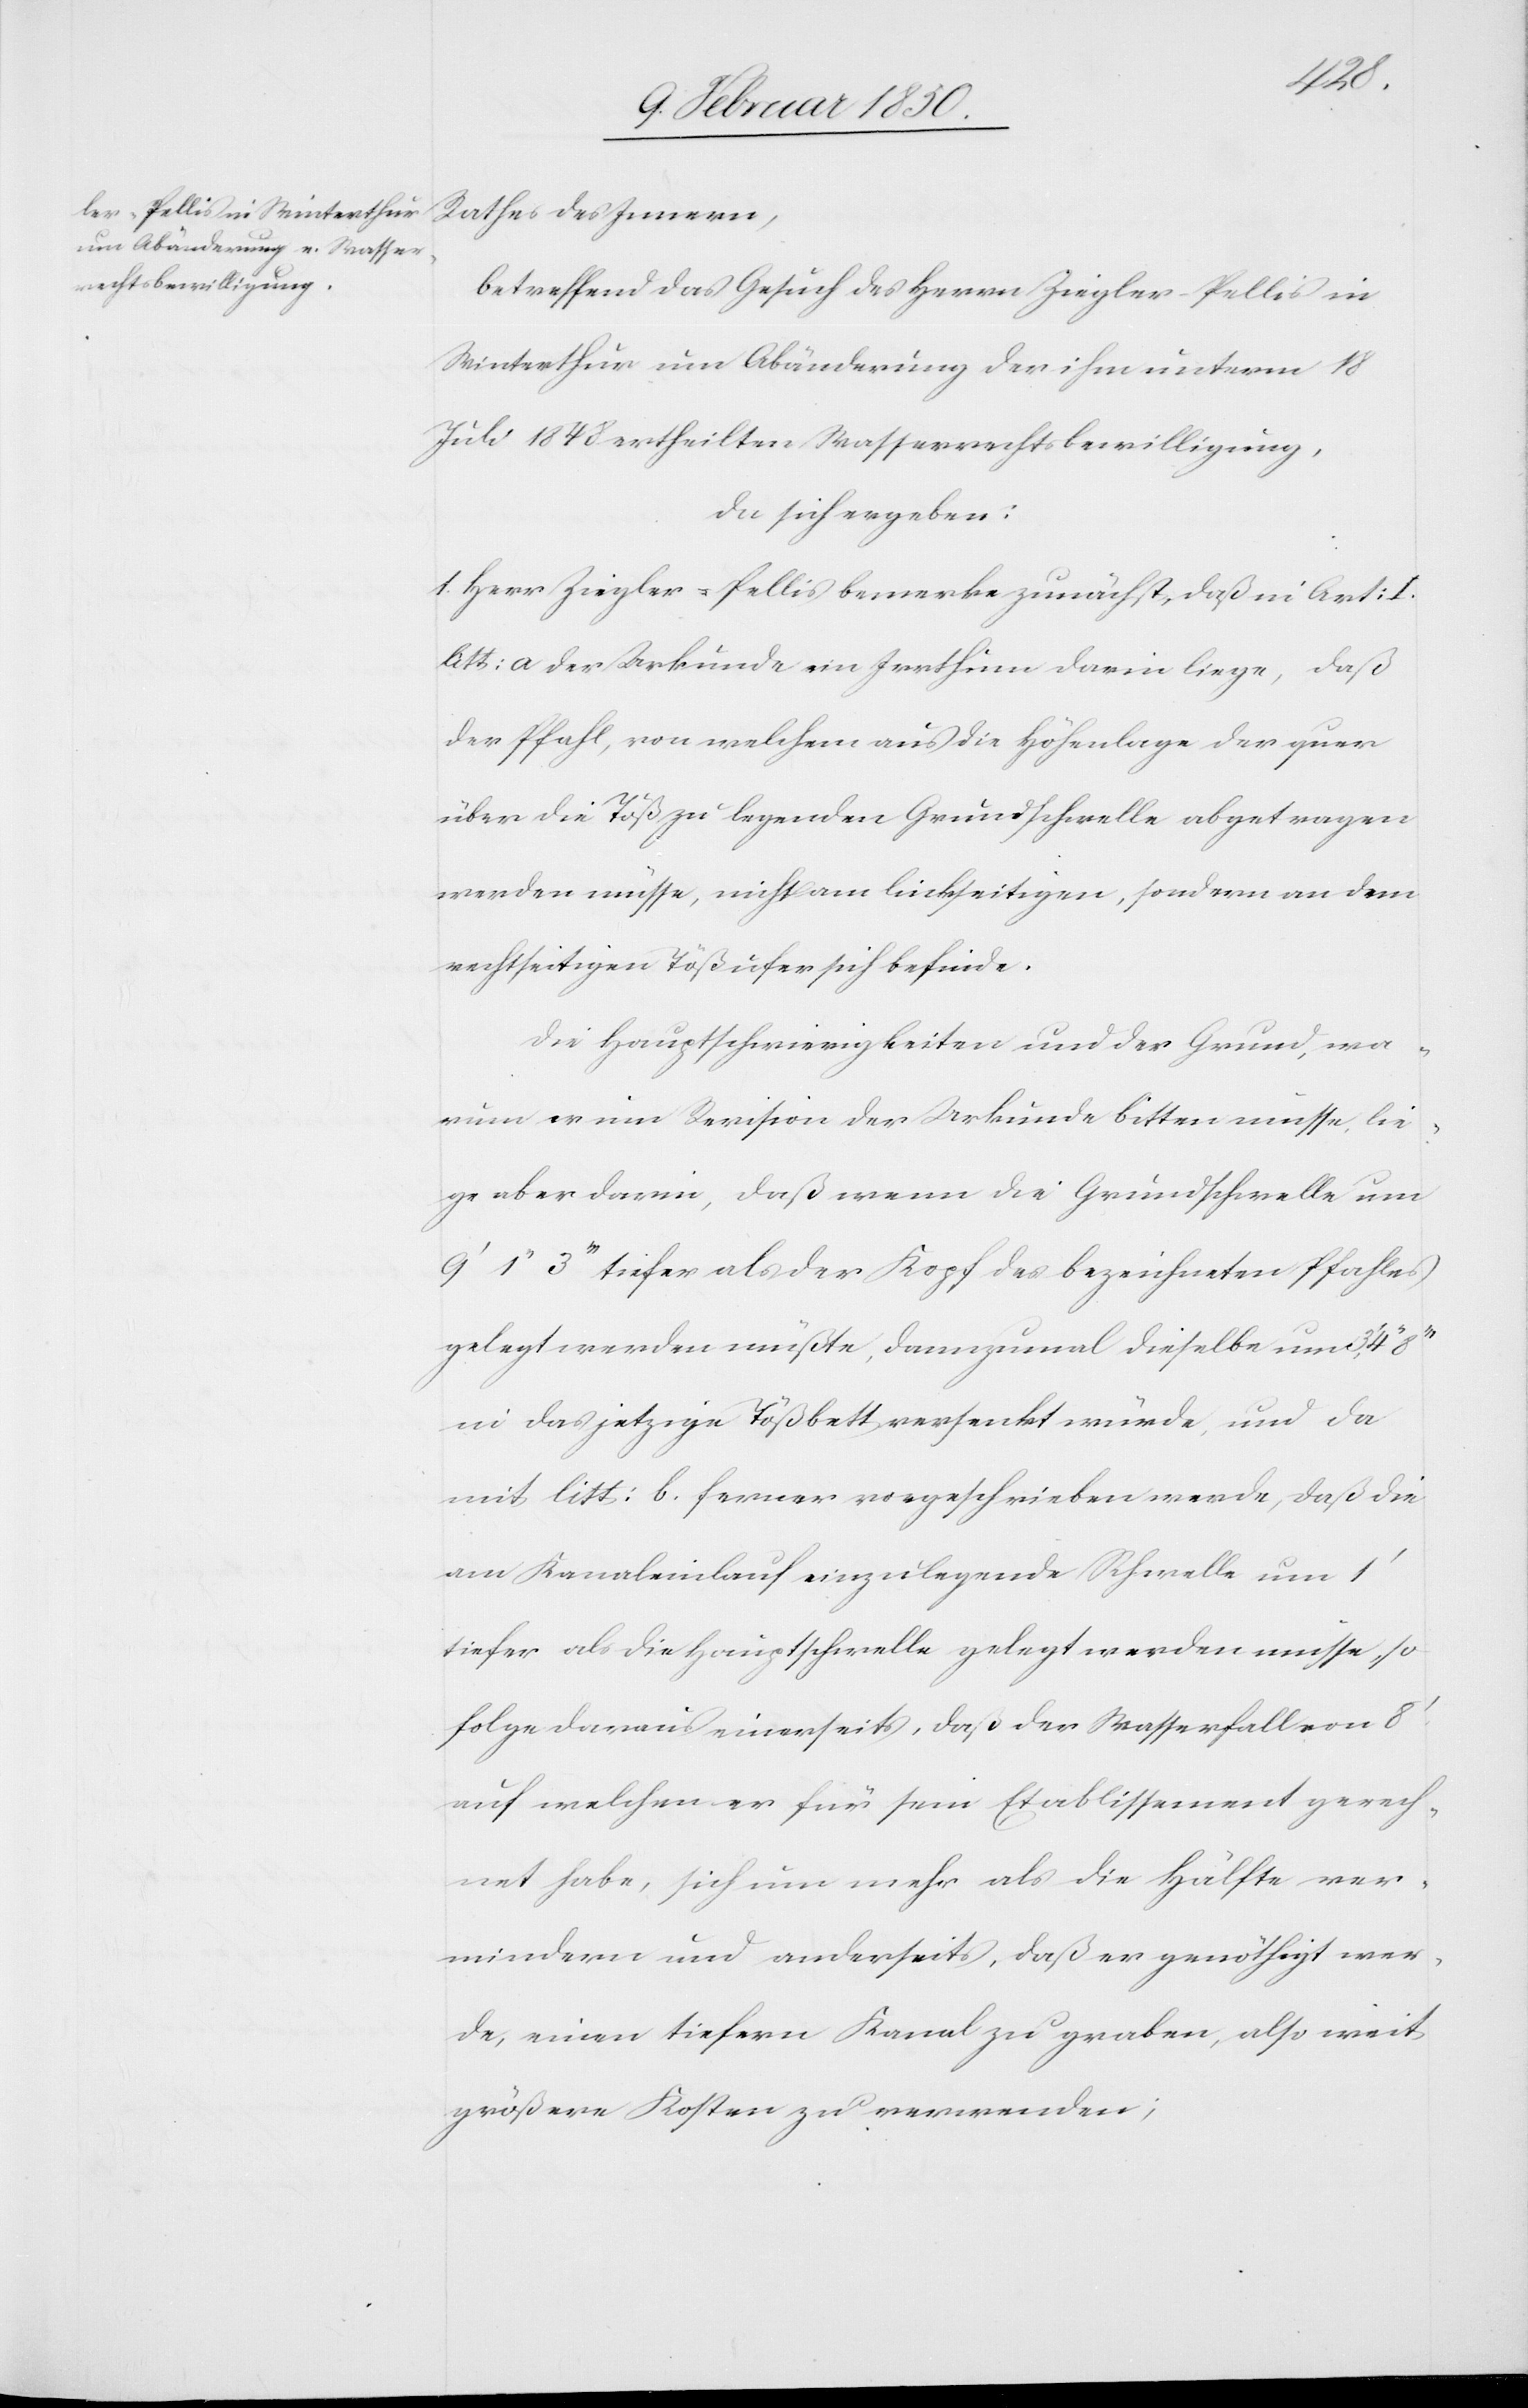
8ʼʼʼ
Rathes des Innern,
betreffend das Gesuch des Herrn Ziegler-Pellis in
Winterthur um Abänderung der ihm unterm 18
Juli 1848 ertheilten Wasserrechtsbewilligung,
da sich ergeben:
1. Herr Ziegler-Pellis bemerke zunächst, daß in Art: I.
litt: a der Urkunde ein Irrthum darin liege, daß
der Pfahl, von welchem aus die Höhenlage der quer
über die Töß zu legenden Grundschwelle abgetragen
werden müsse, nicht am linkseitigen, sondern an dem
rechtseitigen Tößufer sich befinde.
Die Hauptschwierigkeiten und der Grund, wa¬
rum er um Revision der Urkunde bitten müsse, lie¬
ge aber darin, daß wenn die Grundschwelle um
9ʼ 1ʼʼ 3ʼʼʼ tiefer als der Kopf des bezeichneten Pfahles
gelegt werden müßte, dannzumal dieselbe um 3ʼ,
in das jetzige Tößbett versenkt würde, und da
mit litt: b. ferner vorgeschrieben werde, daß die
am Kanaleinlauf einzulegende Schwelle um 1ʼ
tiefer als die Hauptschwelle gelegt werden müsse, so
folge daraus einerseits, daß der Wasserfall von 8ʼ
auf welchen er für sein Etablissement gerech¬
net habe, sich um mehr als die Hälfte ver¬
mindern und anderseits, daß er genöthigt wer¬
de, einen tiefern Kanal zu graben, also weit
größere Kosten zu verwenden;